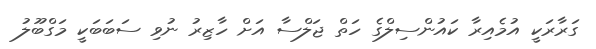
ގަރާރަކީ އުމެއިރާ ކައުންސިލްގެ ހަތް ޖަލްސާ އަށް ހާޒިރު ނުވި ސަބަބަކީ މަގްބޫލު